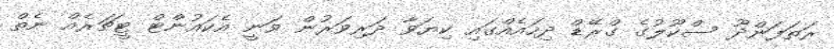
ރަތަފަންދޫ ސްކޫލުގެ ގްރޭޑް ދިހައެއްގައި ކިޔަވާ ދަރިވަރުން ވަނީ އެކައުންޓް ޓީޗަރެއް ނެތް